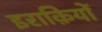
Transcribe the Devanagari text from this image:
इराक़ियों